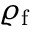
\varrho _ { \mathrm { f } }